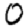
Digit: 0